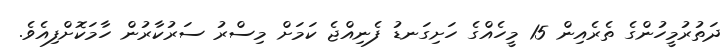
ދަތުރުމީހުންގެ ތެރެއިން 15 މީހެއްގެ ހަށިގަނޑު ފެނިއްޖެ ކަމަށް މިސްރު ސަރުކާރުން ހާމަކޮށްފިއެވެ.